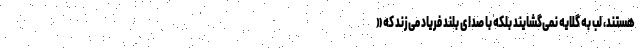
هستند، لب به گلایه نمی‌گشایند بلکه با صدای بلند فریاد می‌زند که «